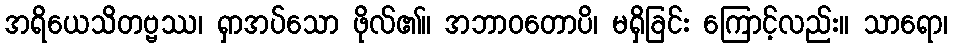
အရိယေသိတဗ္ဗဿ၊ ရှာအပ်သော ဖိုလ်၏။ အဘာဝတောပိ၊ မရှိခြင်း ကြောင့်လည်း။ သာရော၊